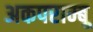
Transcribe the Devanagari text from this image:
अकपराम्बू